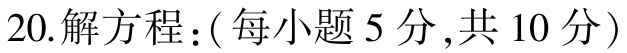
20.解方程：(每小题5分,共10分)